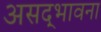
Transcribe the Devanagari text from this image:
असद्‍भावना